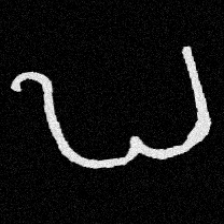
Pyu character \u2014 Myanmar letter: ဎ (romanized: ddha)